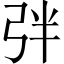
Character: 𢏑